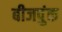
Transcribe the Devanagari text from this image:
बीजपुंक